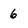
Character: 6